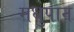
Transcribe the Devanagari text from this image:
मधुपान